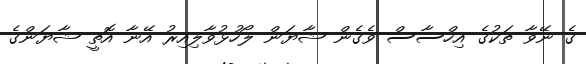
ގެ ނޭވާ ތަކުގެ އިހްސާސް ވެގެން ޝާޔަން ލޯހުޅުވާލިއިރު އޭނާ އޮތީ ޝާޔަންގެ